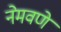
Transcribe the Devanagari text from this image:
नेमवणे